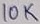
Text: 10K